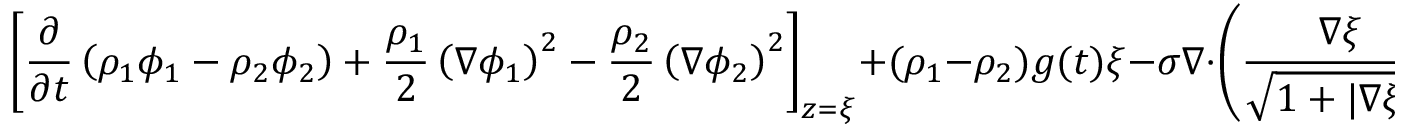
\left[ \frac { \partial } { \partial t } \left( \rho _ { 1 } \phi _ { 1 } - \rho _ { 2 } \phi _ { 2 } \right) + \frac { \rho _ { 1 } } { 2 } \left( \nabla \phi _ { 1 } \right) ^ { 2 } - \frac { \rho _ { 2 } } { 2 } \left( \nabla \phi _ { 2 } \right) ^ { 2 } \right] _ { z = \xi } + ( \rho _ { 1 } - \rho _ { 2 } ) g ( t ) \xi - \sigma \nabla \cdot \left( \frac { \nabla \xi } { \sqrt { 1 + | \nabla \xi | ^ { 2 } } } \right) = 0 .